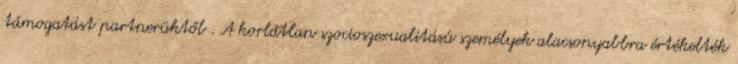
támogatást partnerüktől . A korlátlan szocioszexualitású személyek alacsonyabbra értékelték